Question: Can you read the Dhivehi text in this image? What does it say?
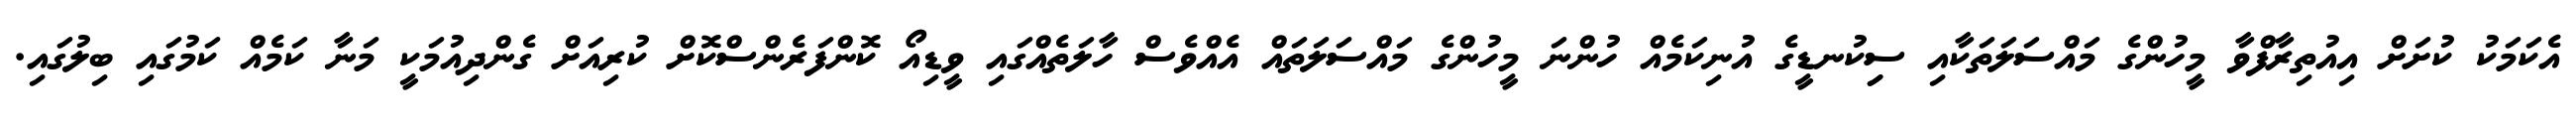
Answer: އެކަމަކު ކުށަށް އިއުތިރާފްވާ މީހުންގެ މައްސަލަތަކާއި ސިިކުނޑީގެ އުނިކަމެއް ހުންނަ މީހުންގެ މައްސަލަތައް އެއްވެސް ހާލަތެއްގައި ވީޑިއޯ ކޮންފަރެންސްކޮށް ކުރިއަށް ގެންދިއުމަކީ މަނާ ކަމެއް ކަމުގައި ބިލުގައި.